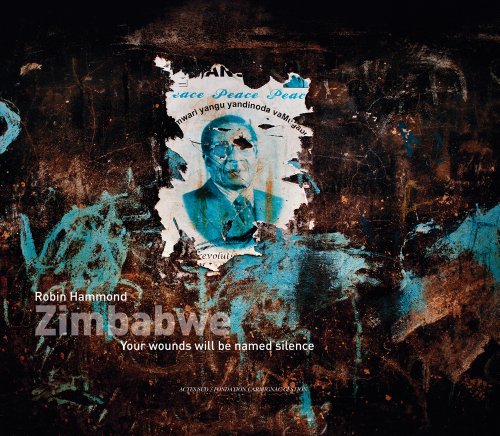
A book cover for Robin Hammond: Zimbabwe: Your Wounds Will Be Named Silence; Travel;